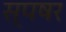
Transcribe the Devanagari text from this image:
स्पषर